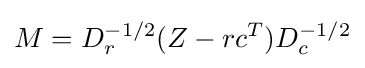
M=D_{r}^{-1/2}(Z-rc^{T})D_{c}^{-1/2}